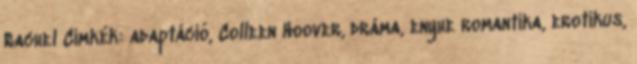
Rachel Címkék: adaptáció, Colleen Hoover, dráma, enyhe romantika, erotikus,